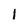
Character: 1